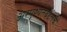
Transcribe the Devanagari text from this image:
अस्पृश्यतेबद्दलचे